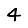
Digit: 4